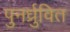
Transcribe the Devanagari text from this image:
पुनर्ध्रुवित